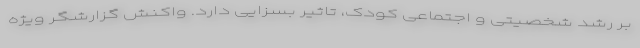
بر رشد شخصیتی و اجتماعی کودک، تاثیر بسزایی دارد. واکنش گزارشگر ویژه